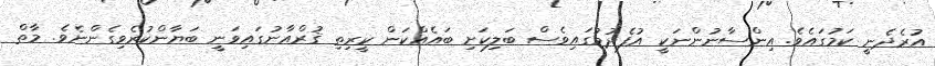
އުރެދެނީ ކަމުގައެވެ. އިންސާނުންނަކީ އުފެދުމުގައިވެސް ބަލިކަށި ބައެއްކަން ކީރިތި ޤުރްއާނުގައިވަނީ ބަޔާންކުރެވިގެންނެވެ. މާތް